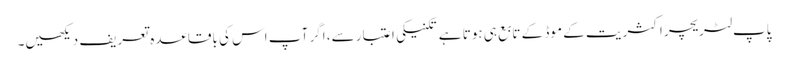
پاپ لٹریچر اکثریت کے موڈ کے تابع ہی ہوتا ہے تکنیکی اعتبار سے، اگر آپ اس کی باقاعدہ تعریف دیکھیں۔